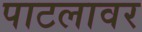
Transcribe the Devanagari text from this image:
पाटलावर